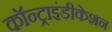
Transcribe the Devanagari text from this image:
कॉन्ट्राइंडीकेशन